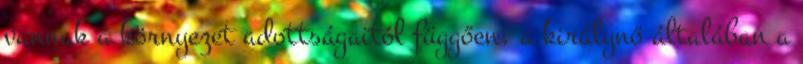
vannak a környezet adottságaitól függően, a királynő általában a